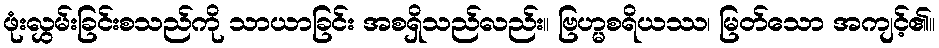
ဖုံးလွှမ်းခြင်းစသည်ကို သာယာခြင်း အစရှိသည်လည်း။ ဗြဟ္မစရိယဿ၊ မြတ်သော အကျင့်၏။